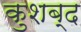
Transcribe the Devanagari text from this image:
कुशब्द